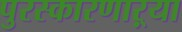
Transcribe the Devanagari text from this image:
पुरस्कारणाऱ्या